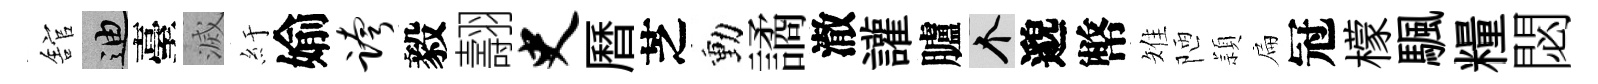
舘迪臺滅紆媮跨毅翿史曆芝動譎澈讙臚个邈幣雉陋頴扁冠檬颿糧閟